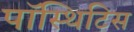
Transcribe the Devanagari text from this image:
पॉस्थिटिस